Annual administration and progress report of the Indian Medical Department, Bombay
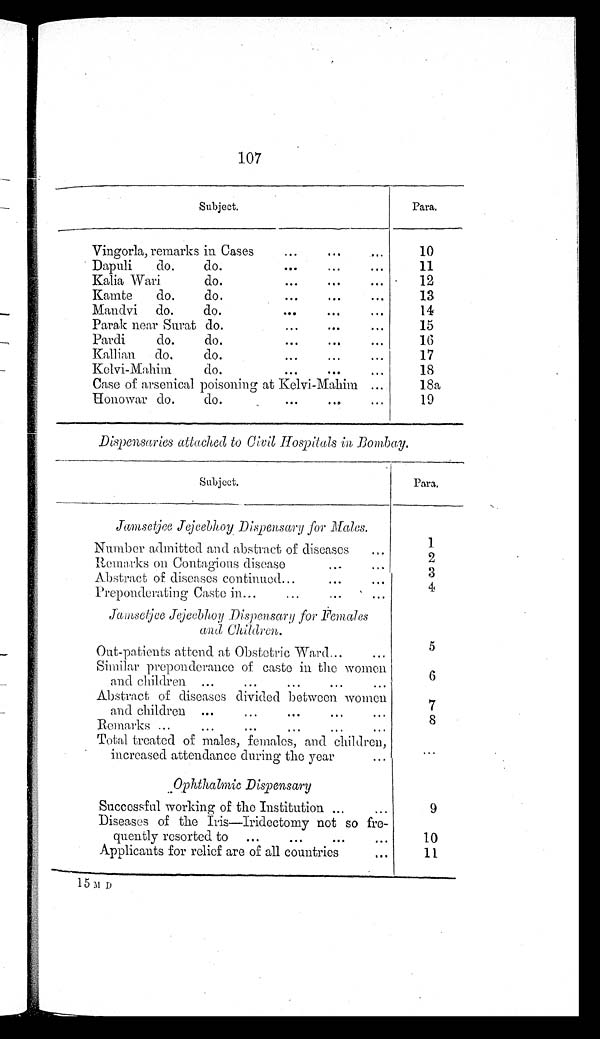
107
Subject.
Para.
Vingorla, remarks in Cases
...
...
...
10
Dapuli
do.
do.
...
...
...
11
Kalia Wari
do.
...
...
...
12
Kamte
do.
do.
...
...
...
13
Mandvi
do.
do.
...
...
...
1 4
Parak near Surat do.
...
...
...
15
Pardi
do.
do.
...
...
...
16
Kallian
do.
do.
...
...
1 7
Kelvi-Mahim
do.
...
...
...
18
Case of arsenical poisoning at Kelvi-Mahim ...
18a
Honowar do.
do.
...
...
19
Dispensaries attached to Civil Hospitals in Bombay.
S u b j e c t .
P a r a .
Jamsetjee Jejeebhoy Dispensary for Males.
Number admitted and abstract of diseases
...
1
Remarks on Contagious disease
...
...
2
Abstract of diseases continued...
...
... 3
Preponderating Caste in...
...
...
4
Jamsetjee Jejeebhoy Dispensary for Females
and Children.
Out-patients attend at Obstetric Ward...
...
5
Similar preponderance of caste in the women
and children ...
...
...
...
...
6
Abstract of diseases divided between women
and children ...
...
...
...
7
Remarks . . . . . . . . .
8
Total treated of males, females, and children,
increased attendance during the year
...
. . .
Ophthalmic Dispensary
Successful working of the Institution ...
...
9
Diseases of the Iris—Iridectomy not so fre-
quently resorted to
...
...
...
...
10
Applicants for relief are of all countries
...
1 1
1 5 M D